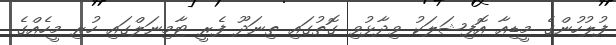
ފުލުހުންގެ މީޑިއާ އޮފިޝަލަކު ވިދާޅުވި ގޮތުގައި ތިނަދޫ ފެރީ ޓާމިނަލްގައި ހުރި މީހެއްގެ